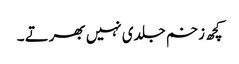
کچھ زخم جلدی نہیں بھرتے ۔